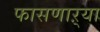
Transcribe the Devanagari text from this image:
फासणाऱ्या